Vaccination in Bombay 1913-1923 - 1913-1923
Year: 1913
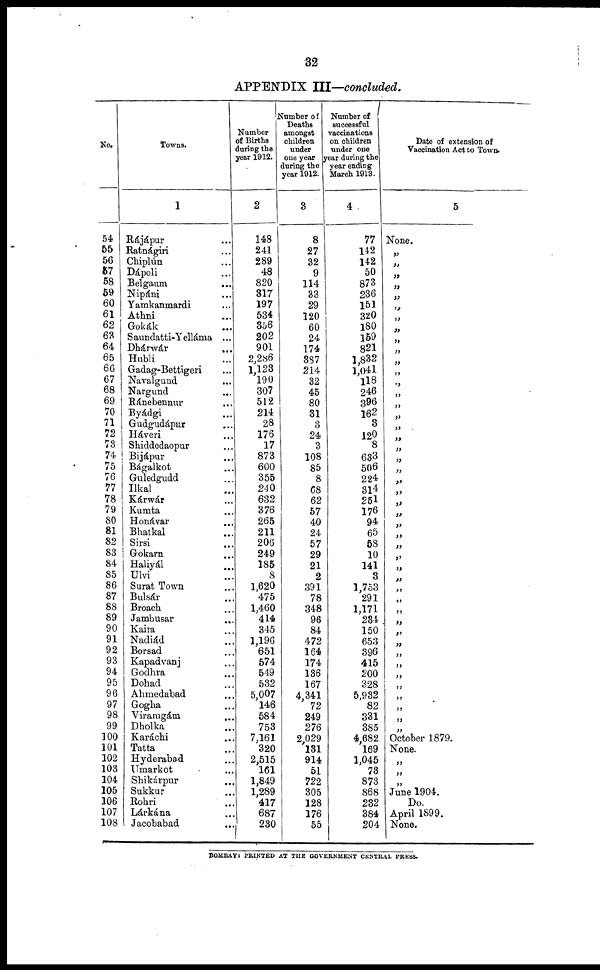
32
APPENDIX III—concluded.
No.
54
55
56
57
58
59
60
61
62
63
64
65
66
67
68
69
70
71
72
73
74
75
76
77
78
79
80
81
82
83
84
85
86
87
88
89
90
91
92
93
94
95
96
97
98
99
100
101
102
103
104
105
106
107
108
Towns.
1
Rájápur ...
Ratnágiri ...
Chiplún ...
Dápoli ...
Belgaum ...
Nipáni ...
Yamkanmardi ...
Athni ...
Gokák ...
Saundatti-Yelláma ...
Dhárwár
...
Hubli ...
Gadag-Bettigeri ...
Navalgund ...
Nargund ...
Ránebennur ...
Byádgi ...
Gudgudápur ...
Háveri ...
Shiddedaopur ...
Bijápur ...
Bágalkot ...
Guledgudd ...
Ilkal ...
Kárwár ...
Kumta ...
Honávar ...
Bhatkal ...
Sirsi ...
Gokarn ...
Haliyál ...
Ulvi
...
Surat Town ...
Bulsár ...
Broach ...
Jambusar ...
Kaira ...
Nadiád ...
Borsad ...
Kapadvanj ...
Godhra ...
Dohad ...
Ahmedabad ...
Gogha ...
Viraragám ...
Dholka ...
Karáchi ...
Tatta ...
Hyderabad ...
Umarkot ...
Shikárpur ...
Sukkur ...
Rohri ...
Lárkána ...
Jacobabad ...
Number
of Births
daring the
year 1912.
2
148
241
289
48
820
817
197
534
856
202
901
2,286
1,123
190
307
512
214
28
176
17
873
600
355
240
632
376
265
211
206
249
185
8
1,620
475
1,460
414
345
1,196
651
574
549
532
5,007
146
584
753
7,161
320
2,515
161
1,849
1,289
417
687
230
Number of
Deaths
amongst
children
under
one year
during the
year 1912.
3
8
27
32
9
114
33
29
120
60
24
174
387
214
32
45
80
31
3
24
3
108
85
8
68
62
57
40
24
57
29
21
2
391
78
348
96
84
472
164
174
136
167
4,341
72
249
276
2,029
131
914
51
722
305
128
176
55
Number of
successful
vaccinations
on children
under one
year during the
year ending
March 1913.
4
77
142
142
50
873
236
151
320
180
169
821
1,832
1,041
118
246
396
162
3
120
8
633
506
224
314
251
176
94
65
58
10
141
8
1,753
291
1,171
284
150
653
396
415
200
328
5,932
82
331
385
4,682
169
1,045
78
873
868
282
384
204
Date of extension of
Vaccination Act to Town.
5
None.
„
„
„
„
„
„
„
„
„
„
„
„
„
„
„
„
„
„
„
„
„
„
„
„
„
„
„
„
„
„
„
„
„
„
„
„
„
„
„
„
„
„
„
„
„
October 1879.
None.
„
„
„
June 1904.
Do.
April 1899.
None.
BOMBAY: PRINTED AT THE GOVERNMENT CENTRAL PRESS.